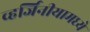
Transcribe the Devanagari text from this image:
व्हर्जिनीयामध्ये